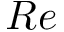
R e